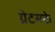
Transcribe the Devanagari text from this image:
ग्रेटसके